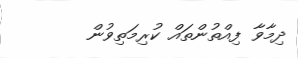
ދިމާވާ ފިއްތުންތައް ކުރިމަތިވުން